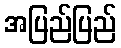
အပြည်ပြည်